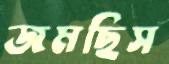
জমছিস